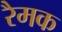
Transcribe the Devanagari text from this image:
रैमक